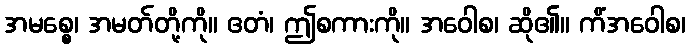
အမစ္စေ၊ အမတ်တို့ကို။ ဧတံ၊ ဤစကားကို။ အဝေါစ၊ ဆို၏။ ကိံအဝေါစ၊